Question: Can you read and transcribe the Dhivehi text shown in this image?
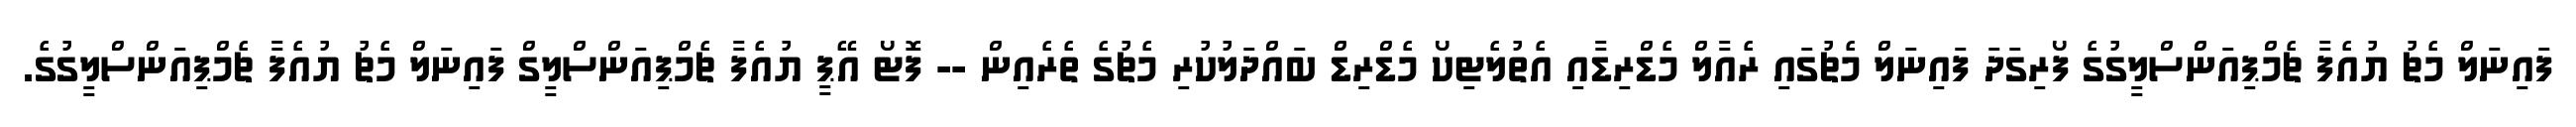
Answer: ފައިނަލް މެޗު ޔުއެފާ ޗެމްޕިއަންސްލީގުގެ ފޯރިގަދަ ފައިނަލް މެޗުގައި ރެއާލް މެޑްރިޑާއި އެތުލެޓިކޯ މެޑްރިޑް ބައްދަލުކުރި މެޗުގެ ތެރެއިން -- ފޮޓޯ އޭޕީ ޔުއެފާ ޗެމްޕިއަންސްލީގް ފައިނަލް މެޗު ޔުއެފާ ޗެމްޕިއަންސްލީގުގެ.